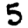
Digit: 5